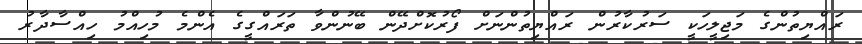
ރައްޔިތުންގެ މަޖިލީހަކީ ސަރުކާރުން ރައްޔިތުންނަށް ފޯރުކޮށްދޭން ބޭނުންވާ ތަރައްގީގެ އެންމެ މުހިއްމު ހިއްސާދާރު